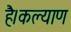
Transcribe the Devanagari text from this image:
है।कल्याण